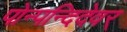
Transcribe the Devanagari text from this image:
पोन्पन्दिदेवर्